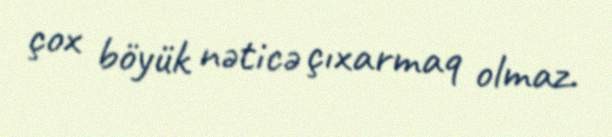
çox böyük nəticə çıxarmaq olmaz.